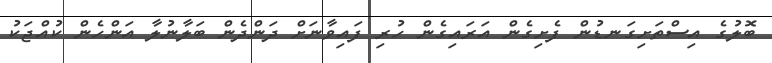
ބޮލުގެ އިސްތަށިގަނޑުން ފެށިގެން އަރައިގެން ހުރި ފައިވާނަށް ދަންދެން ބަލާނުލާ އަންހެން ކުއްޖަކު